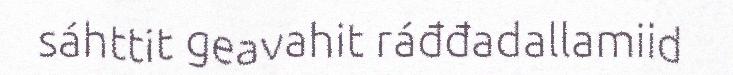
sáhttit geavahit ráđđadallamiid